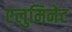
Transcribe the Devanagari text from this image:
एलुमिनेट